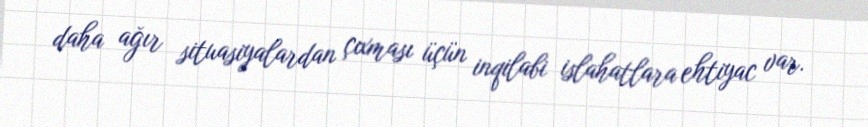
daha ağır situasiyalardan çıxması üçün inqilabi islahatlara ehtiyac var.